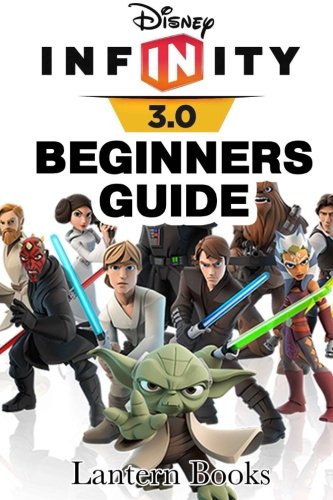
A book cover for Disney Infinity 3.0 - Beginners Guide; Lantern Books; Humor & Entertainment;